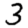
Digit: 3